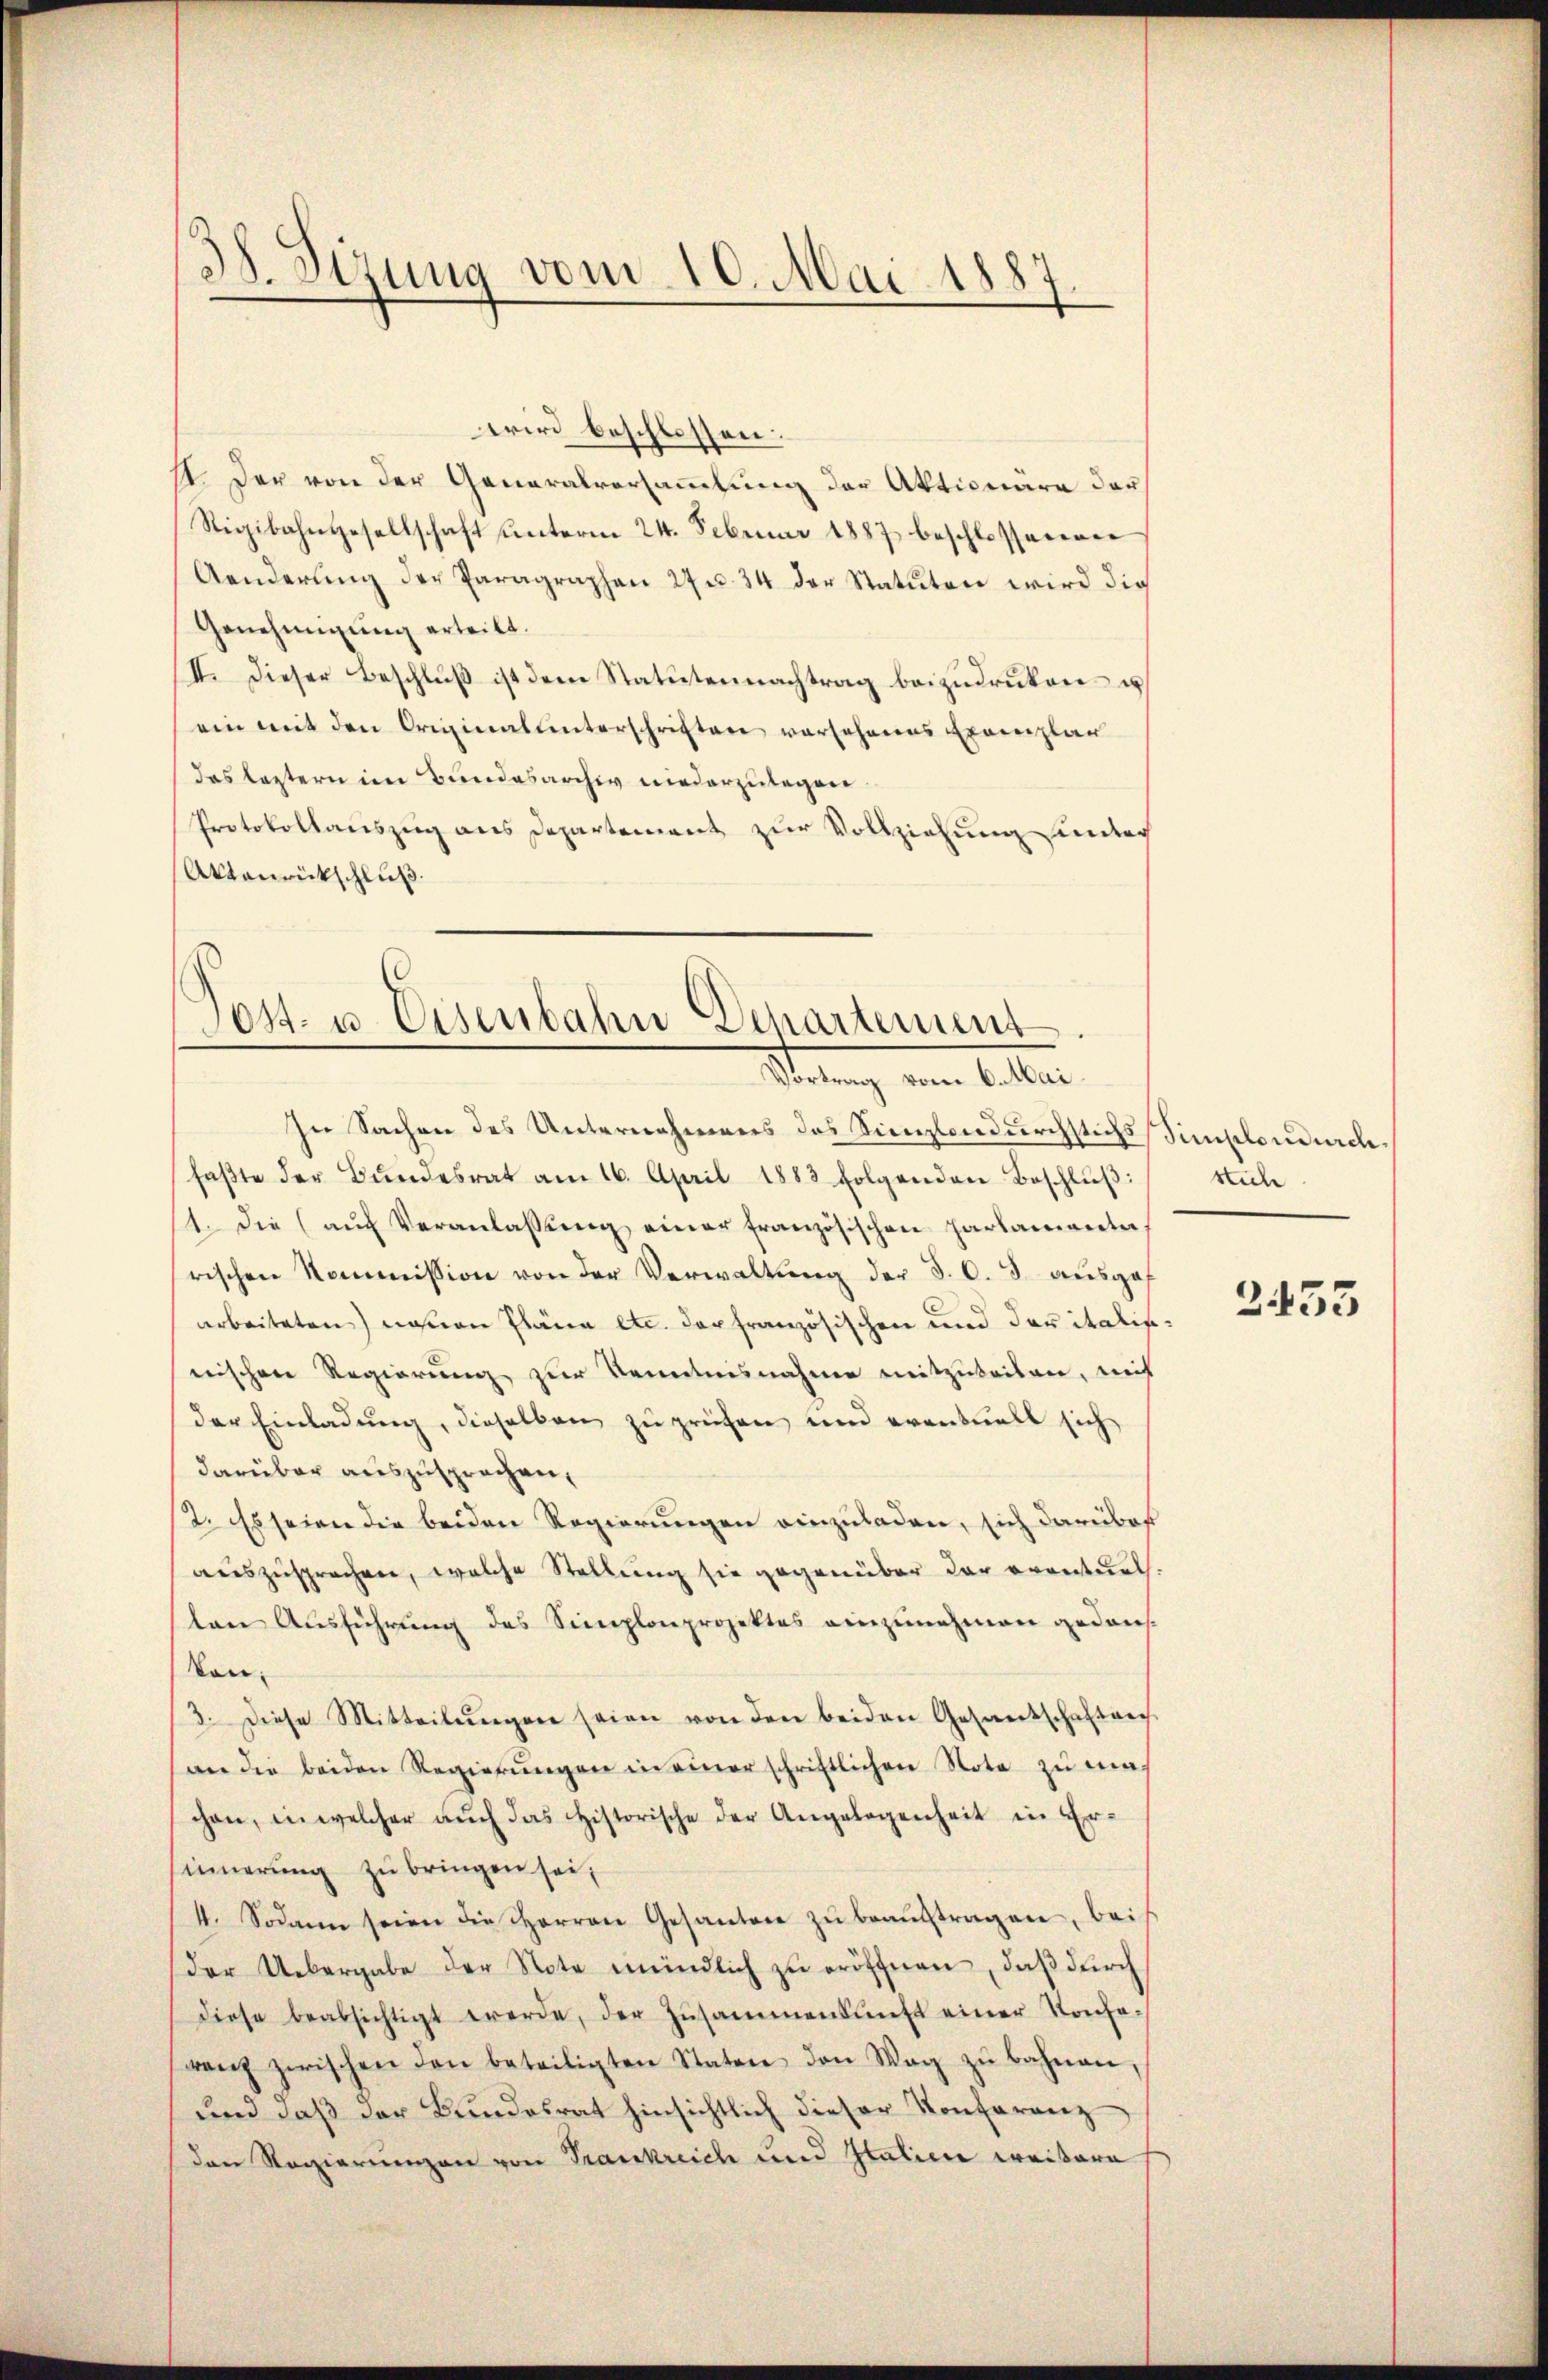
3. Sizung vom 10. Mai 1887

wird beschlossen.
11. Der von der Generalversammlung der Aktionare der
Rigibahngesellschaft ŭnterm 24. Februar 1887 beschlossenen
Aenderŭng der Paragraphen 27 u. 34 der Statuten wird die
Genehmigung erteilt.
II. Dieser Beschluß ist dem Statutennachtrag beizudruken u
ein mit den Originalunterschriften vorsehenes Exemplar
das leztern im Bundesarchiv niederzulegen.
Protokollauszug aus Departement zur Vollziehung unter
Aktenrückschluß.

Post- u. Eisenbahn Departement
Vortrag vom 6. Mai.

In Sachen des Unternehmens des Kinzlondurchstichs Simplondurch
faβte der Bŭndesrat am 16. April 1883 folgenden Beschlŭβ:/ sich
1. die aŭf Veranlassŭng einer französischen Parlamanta,
rischen Kommission von der Verwaltung der §. 6. 3 ausgearbeiteten) namen Pläne etc. der französischen und der italisnischen Regierung zur Kenntnisnahme mitzuteilen, mich
der Einladung, dieselben zu prüfen und eventuell sich
darüber auszusprechen,
2. Es seien die beiden Regierungen einzuladen, sich darüber
auszusprechen, welche Stellung sie gegenüber der eventuel
ten Ausführung des Simplonprojektes einzunehmen gedans
kon-
3. Diese Mitteilŭngen seien von den beiden Gesandtschaftung
an die beiden Regierŭngen in einer schriftlichen Note zu machen, in welcher aŭch das historische der Angelegenheit in Er-
innerung zu bringen sei,
4. Sodann seien die Herren Gesanten zu beauftragen, beis
der Uebergabe der Note mündlich zŭ eröffnen, daß durch
diese beabsichtigt werde, der Zusammenkunft einer Konse-
renz zwischen den beteiligten Staten den Wag zŭ bahnen,
und daβ der Bŭndesrat hinsichtlich dieser Konferenz
den Regierungen von Trankreich und Italien weitere

2433